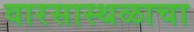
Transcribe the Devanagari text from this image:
वारसास्थळाचा